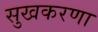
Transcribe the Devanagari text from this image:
सुखकरणा